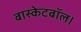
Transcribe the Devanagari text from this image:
बास्केटबॉल।